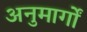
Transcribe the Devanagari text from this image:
अनुमार्गों